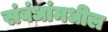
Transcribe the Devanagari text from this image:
संबंधांमधील